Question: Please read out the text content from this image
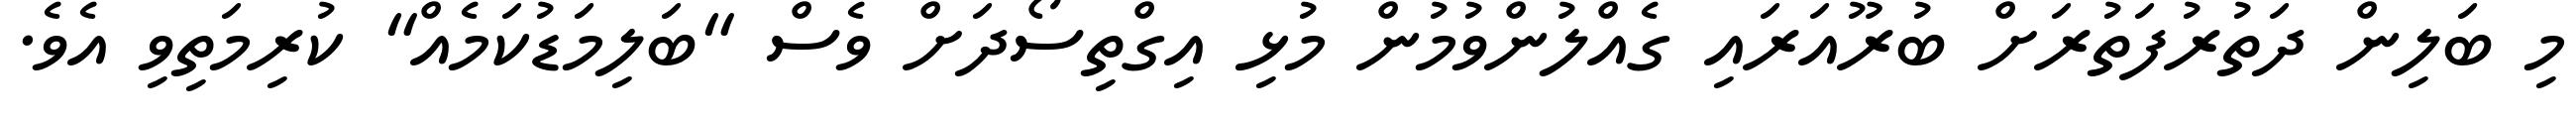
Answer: މި ބަލިން ދަތުރުފަތުރަށް ބުރޫއަރައި ގެއްލުންވުމުން މުޅި އިގްތިސޯދަށް ވެސް "ބަލިމަޑުކަމެއް" ކުރިމަތިވި އެވެ.